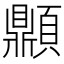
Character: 𩕢